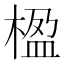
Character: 楹